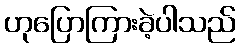
ဟုပြောကြားခဲ့ပါသည်